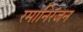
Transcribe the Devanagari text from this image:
रमानिरंजन